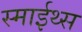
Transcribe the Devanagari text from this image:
स्माईथ्स